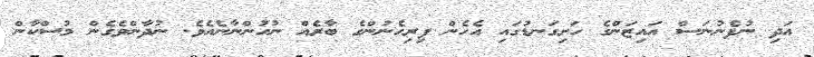
އަދި ނުފެނުނަސް އައިޒަންގެ ހަށިގަނޑުގައި އެހެން ފިރިހެނުންގެ ބާރެއް ނުހުންނާނެއެވެ. ނުދާންވެގެން މުސްކާން